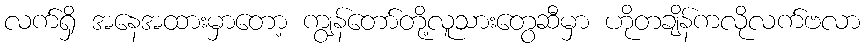
လက်ရှိ အနေအထားမှာတော့ ကျွန်တော်တို့လူသားတွေဆီမှာ ဟိုတချိန်ကလိုလက်ဗလာ